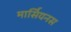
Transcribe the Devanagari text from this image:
मार्सियनस